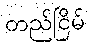
တည်ငြိမ်